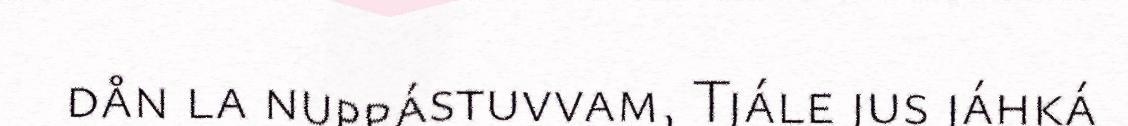
dån la nuppástuvvam, Tjále jus jáhká